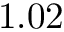
1 . 0 2